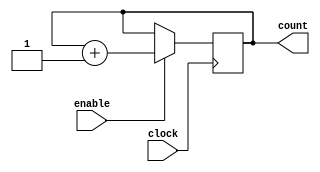
module binary_up_counter_with_enable(
    input clock,
    input enable,
    output reg [3:0] count
);

always @(posedge clock) begin
    if (enable) begin
        count <= count + 1;
    end
end

endmodule